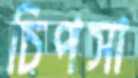
চিপসা